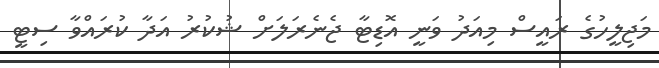
މަޖިލީހުގެ ރައީސް މިއަދު ވަނީ އޮޑިޓާ ޖެނެރަލަށް ޝުކުރު އަދާ ކުރައްވާ ސިޓީ